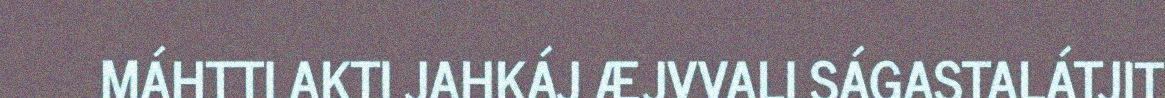
MÁHTTI AKTI JAHKÁJ ÆJVVALI SÁGASTALÁTJIT